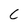
Character: C